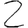
Digit: 2